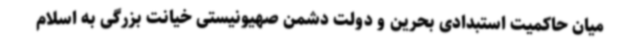
میان حاکمیت استبدادی بحرین و دولت دشمن صهیونیستی خیانت بزرگی به اسلام